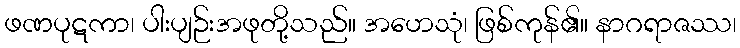
ဖဏပုဋကာ၊ ပါးပျဉ်းအဖုတို့သည်။ အဟေသုံ၊ ဖြစ်ကုန်၏။ နာဂရာဇဿ၊